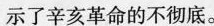
示了辛亥革命的不彻底。